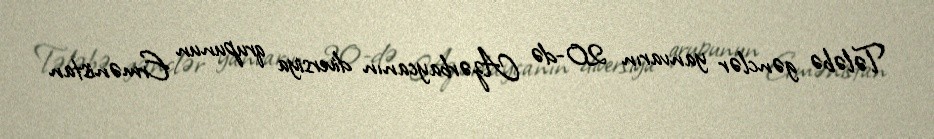
Tələbə gənclər yanvarın 20-də Azərbaycanın diversiya qrupunun Ermənistan